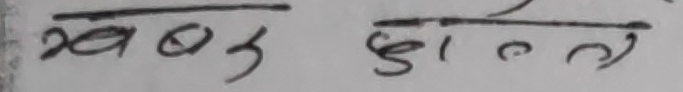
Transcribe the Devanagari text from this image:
खबफ हुलातल